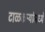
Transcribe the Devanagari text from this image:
टाळकऱ्यांमध्ये